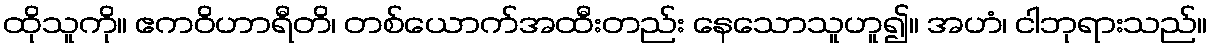
ထိုသူကို။ ဧကဝိဟာရီတိ၊ တစ်ယောက်အထီးတည်း နေသောသူဟူ၍။ အဟံ၊ ငါဘုရားသည်။